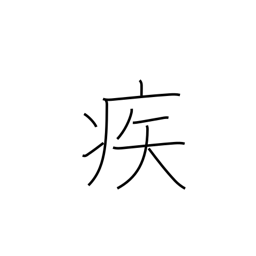
Meaning: rapidly